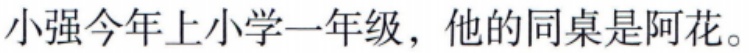
小强今年上小学一年级，他的同桌是阿花。